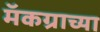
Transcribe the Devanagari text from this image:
मॅकग्राच्या